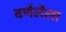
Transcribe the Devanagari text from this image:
वर्णलेला